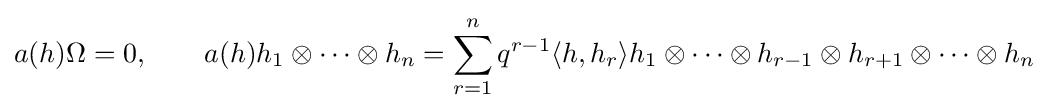
a(h)\Omega =0,\qquad a(h)h_{1}\otimes \cdots \otimes h_{n}=\sum _{r=1}^{n}q^{r-1}\langle h,h_{r}\rangle h_{1}\otimes \cdots \otimes h_{r-1}\otimes h_{r+1}\otimes \cdots \otimes h_{n}